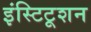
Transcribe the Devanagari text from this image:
इंस्टिटूशन